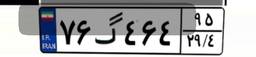
۷۶گ۴۶۴۹۵